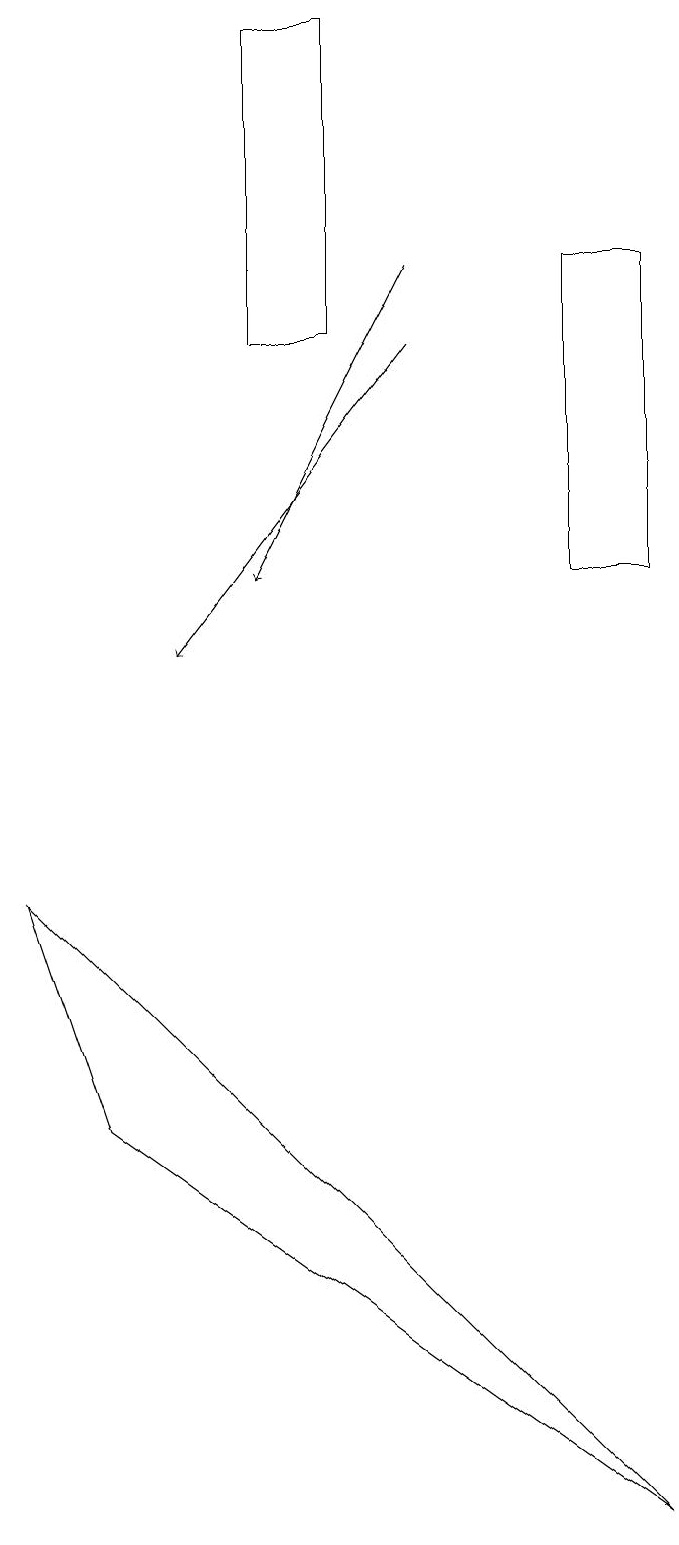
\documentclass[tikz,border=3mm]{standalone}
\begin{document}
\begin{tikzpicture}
\draw[->] (5,15) -- (2,11);
\draw (3,15) rectangle (4,19);
\draw (8,0) -- (0,8) -- (1,5) -- cycle;
\draw (8,16) rectangle (7,12);
\draw[->] (5,16) -- (3,12);
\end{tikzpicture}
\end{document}